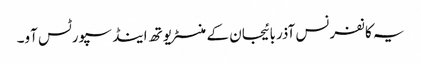
یہ کانفرنس آذربائیجان کے منسٹر یوتھ اینڈ سپورٹس آو۔